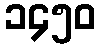
၁၄၅၀